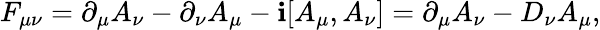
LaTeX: F_{\mu\nu}=\partial_{\mu}A_{\nu}-\partial_{\nu}A_{\mu}-\mathbf{i}[A_{\mu},A_{\nu}]=\partial_{\mu}A_{\nu}-D_{\nu}A_{\mu},